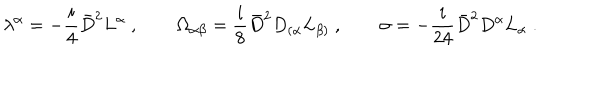
LaTeX: \lambda ^ { \alpha } = - \frac { i } { 4 } { \bar { D } } ^ { 2 } L ^ { \alpha } \ , \qquad \Omega _ { \alpha \beta } = \frac { i } { 8 } { \bar { D } } ^ { 2 } D _ { ( \alpha } L _ { \beta ) } \ , \qquad \sigma = - \frac { i } { 2 4 } { \bar { D } } ^ { 2 } D ^ { \alpha } L _ { \alpha } \ .